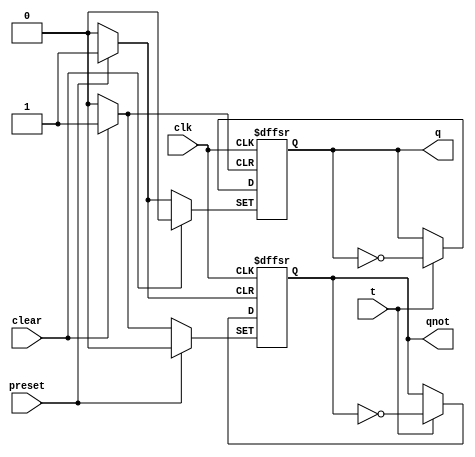
module fft ( output q, output qnot, input t, input clk, input preset, input clear ); 
	reg q, qnot; 
	
	always @( posedge clk or posedge preset or posedge clear) 
	begin 
		if (clear ) 
		begin 
			q = 0; qnot = 1; 
		end 
		else if (preset) 
		begin 
			q = 1; qnot = 0; 
		end 
		else 
		begin 
			if ( t ) 
			begin 
				q <= ~q; qnot <= ~qnot; 
			end 
		end 
	end 
endmodule